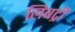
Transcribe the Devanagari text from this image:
लिबर्ट्री